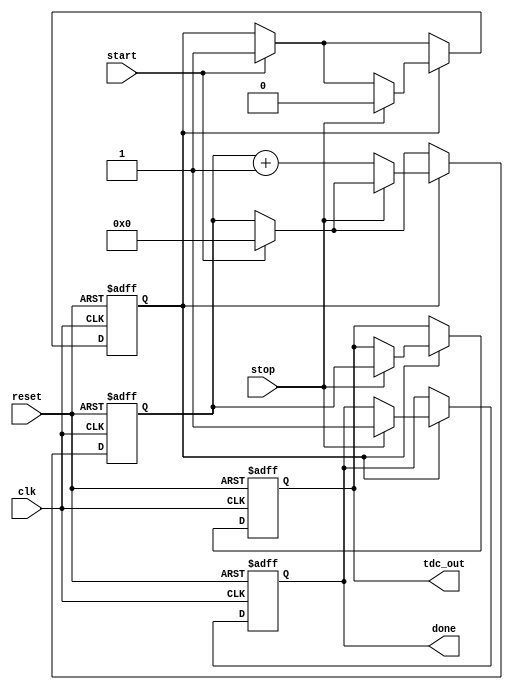
module TDC_Vernier_Delay (
    input wire clk,            // System clock
    input wire reset,          // Reset signal
    input wire start,          // Start signal
    input wire stop,           // Stop signal
    output reg [31:0] tdc_out, // Digital output representing the time interval
    output reg done            // Measurement done signal
);

    // Parameters for delay line stages
    parameter REF_DELAY_STAGES = 32; // Number of reference delay stages
    parameter MEAS_DELAY_STAGES = 64; // Number of measuring delay stages
    parameter DELAY_INCREMENT = 1;     // Delay increment per stage (arbitrary unit)
    
    // Internal signals
    reg [31:0] measuring_counter;      // Counter for measuring delay stages
    reg measuring_active;               // Indicates if measuring is active
    reg [31:0] reference_delay;         // Reference delay value
    
    // Delay line outputs (for simulation purposes only)
    reg [MEAS_DELAY_STAGES-1:0] meas_delay_out;
    reg [REF_DELAY_STAGES-1:0] ref_delay_out;

    // Simulated delay lines (implement as needed in hardware)
    always @(posedge clk or posedge reset) begin
        if (reset) begin
            measuring_counter <= 0;
            tdc_out <= 0;
            done <= 0;
            measuring_active <= 0;
            reference_delay <= 0;
        end else begin
            if (start) begin
                measuring_active <= 1; // Start measuring
                reference_delay <= 0;   // Reset reference delay
                measuring_counter <= 0; // Reset measuring counter
            end
            
            if (measuring_active) begin
                // Activate reference delay line
                ref_delay_out = {REF_DELAY_STAGES{1'b1}}; // All stages active for reference
                
                // Sample the measuring delay line at each clock cycle
                if (stop) begin
                    measuring_active <= 0; // Stop measuring
                    tdc_out <= measuring_counter; // Store counter value
                    done <= 1; // Signal measurement done
                end else begin
                    // Increment the measuring counter
                    measuring_counter <= measuring_counter + DELAY_INCREMENT;
                    meas_delay_out = {MEAS_DELAY_STAGES{1'b1}}; // All stages active for measurement
                end
            end 
        end
    end

    // Measure the time difference based on delay lines (simplified logic)
    always @(posedge clk) begin
        // Here we would have logic to determine the number of delay stages crossed
        // This is a placeholder for the actual measurement logic.
        if (measuring_active) begin
            // Logic to determine number of stages crossed goes here
            // This is where you'd implement the Vernier effect measurement
        end
    end

endmodule